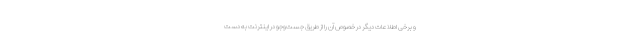
و برخی اطلاعات دیگر در خصوص آن را از طریق جست‌وجو در اینترنت به دست